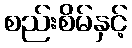
စည်းစိမ်နှင့်